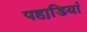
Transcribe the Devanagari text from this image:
पहाडि़यां